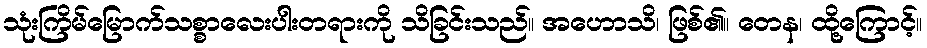
သုံးကြိမ်မြောက်သစ္စာလေးပါးတရားကို သိခြင်းသည်။ အဟောသိ၊ ဖြစ်၏။ တေန၊ ထို့ကြောင့်။